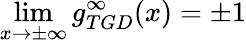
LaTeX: \operatorname*{lim}_{x\to\pm\infty}g_{TGD}^{\infty}(x)=\pm 1